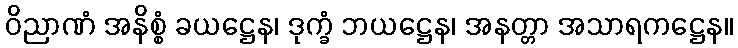
ဝိညာဏံ အနိစ္စံ ခယဋ္ဌေန၊ ဒုက္ခံ ဘယဋ္ဌေန၊ အနတ္တာ အသာရကဋ္ဌေန။